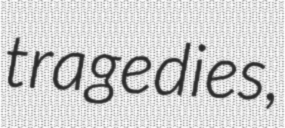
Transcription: tragedies,